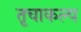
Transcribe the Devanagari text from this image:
तृचाकल्प